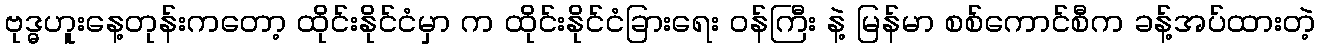
ဗုဒ္ဓဟူးနေ့တုန်းကတော့ ထိုင်းနိုင်ငံမှာ က ထိုင်းနိုင်ငံခြားရေး ဝန်ကြီး နဲ့ မြန်မာ စစ်ကောင်စီက ခန့်အပ်ထားတဲ့